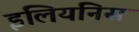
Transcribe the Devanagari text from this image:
इलियनिस